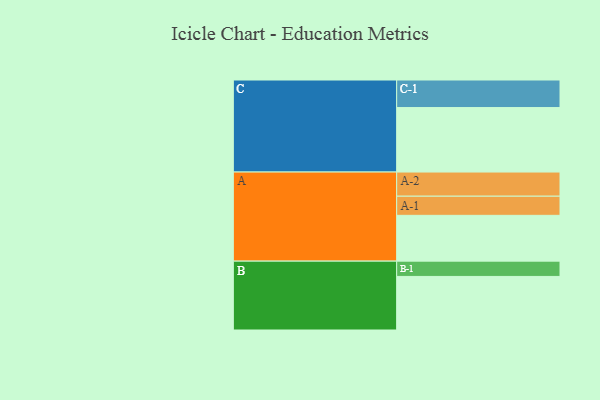
{"axis": {"x": "Segment", "y": "Value"}, "legend": ["", "A", "B", "C"], "data": [{"x": "A", "y": 419, "type": ""}, {"x": "B", "y": 490, "type": ""}, {"x": "C", "y": 590, "type": ""}, {"x": "A-1", "y": 175, "type": "A"}, {"x": "A-2", "y": 221, "type": "A"}, {"x": "B-1", "y": 140, "type": "B"}, {"x": "C-1", "y": 252, "type": "C"}]}